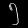
Digit: ၅